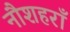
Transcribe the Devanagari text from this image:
नौशहराँ